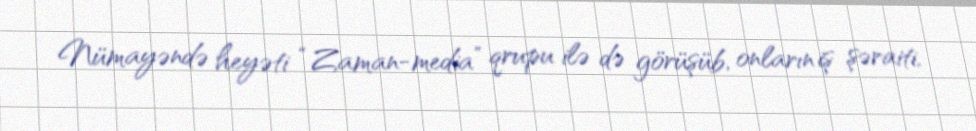
Nümayəndə heyəti “Zaman-media” qrupu ilə də görüşüb, onların iş şəraiti,